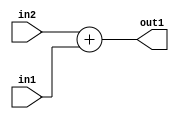
`timescale 1ps / 1ps
/*****************************************************************************
    Verilog RTL Description
    
    
    Created by: Stratus DpOpt 2019.1.01 
*******************************************************************************/

module st_weight_addr_gen_Add_8Ux8U_9U_4_6 (
	in2,
	in1,
	out1
	); /* architecture "behavioural" */ 
input [7:0] in2,
	in1;
output [8:0] out1;
wire [8:0] asc001;

assign asc001 = 
	+(in2)
	+(in1);

assign out1 = asc001;
endmodule

/* CADENCE  ubDzTg0= : u9/ySgnWtBlWxVPRXgAZ4Og= ** DO NOT EDIT THIS LINE ******/